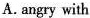
A. angry with